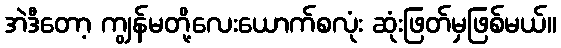
အဲဒီတော့ ကျွန်မတို့လေးယောက်စလုံး ဆုံးဖြတ်မှဖြစ်မယ်။